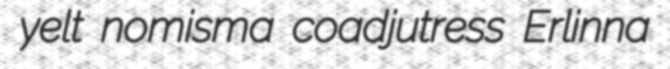
yelt nomisma coadjutress Erlinna